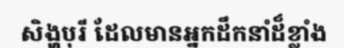
សិង្ហបុរី ដែលមានអ្នកដឹកនាំដ៏ខ្លាំង